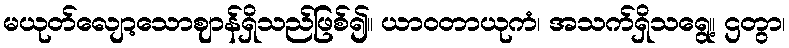
မယုတ်လျော့သောဈာန်ရှိသည်ဖြစ်၍။ ယာဝတာယုကံ၊ အသက်ရှိသရွေ့။ ဌတွာ၊